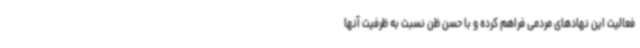
فعالیت این نهادهای مردمی فراهم کرده و با حسن ظن نسبت به ظرفیت آنها